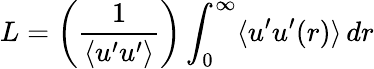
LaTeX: L=\left({\frac{1}{\langle u^{\prime}u^{\prime}\rangle}}\right)\int_{0}^{\infty}\langle u^{\prime}u^{\prime}(r)\rangle\, dr